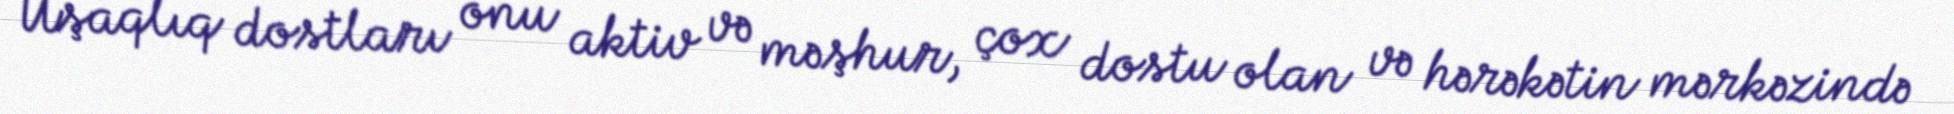
Uşaqlıq dostları onu aktiv və məşhur, çox dostu olan və hərəkətin mərkəzində